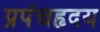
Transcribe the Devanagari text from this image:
प्रपंचहृदय